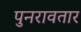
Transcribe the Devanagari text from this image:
पुनरावतार